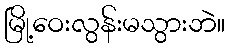
မြို့ဝေးလွန်းမသွားဘဲ။